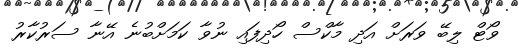
ވޯޓް ލިބޭ ވަރަށް އަދި މާކްސް ހޯދިފައި ނުވާ ކަމަށްބުނެ އޭނާ ސަރުކާރު